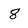
Character: 8